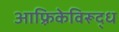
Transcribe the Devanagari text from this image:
आफ़्रिकेविरूद्ध